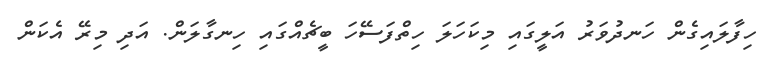
ހިފާލައިގެން ހަނދުވަރު އަލީގައި މިކަހަލަ ހިތްފަސޭހަ ބީޗެއްގައި ހިނގާލަން. އަދި މިރޭ އެކަން